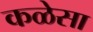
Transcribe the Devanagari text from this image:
कळेसा